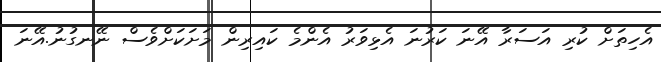
އެހިތަށް ކުރި އަސަރާ އޭނަ ކަރުނަ އެޅިވަރު އެންމެ ކައިރިން މަށަކަށްވެސް ނޭނގުނު.އޭނަ